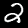
Digit: 2